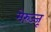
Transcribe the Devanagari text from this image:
मेरुज्जू